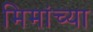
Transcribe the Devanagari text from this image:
मिमांच्या